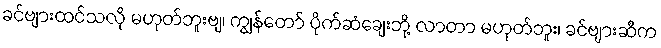
ခင်ဗျားထင်သလို မဟုတ်ဘူးဗျ၊ ကျွန်တော် ပိုက်ဆံချေးဘို့ လာတာ မဟုတ်ဘူး၊ ခင်ဗျားဆီက